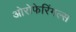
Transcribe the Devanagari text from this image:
ओरोफेरिंगल्स